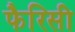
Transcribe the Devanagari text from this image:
फैरिसी